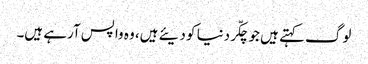
لوگ کہتے ہیں جو چکّر دنیا کو دیئے ہیں، وہ واپس آرہے ہیں۔